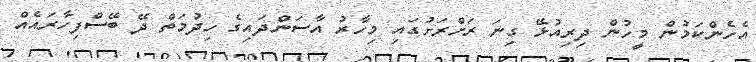
އެހެންކަމުން މީހުން ދިރިއުޅޭ ގިނަ ރަށްރަށުގައި މިހާރު އާސަންދައިގެ ހިދުމަތް ދޭ ބޭސްފިހާރައެއް